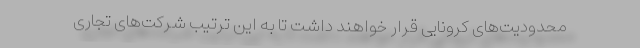
محدودیت‌های کرونایی قرار خواهند داشت تا به این ترتیب شرکت‌های تجاری